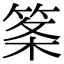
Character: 筿